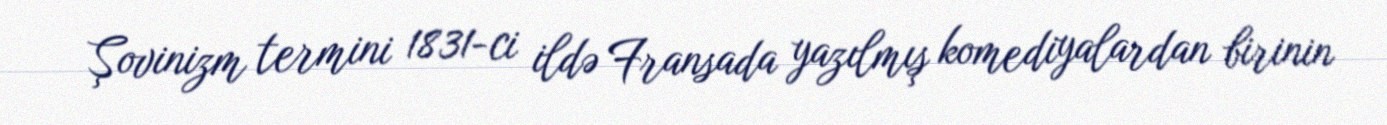
Şovinizm termini 1831-ci ildə Fransada yazılmış komediyalardan birinin